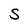
Character: S